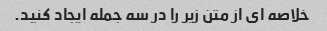
خلاصه ای از متن زیر را در سه جمله ایجاد کنید.